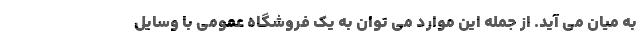
به میان می آید. از جمله این موارد می توان به یک فروشگاه عمومی با وسایل